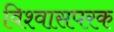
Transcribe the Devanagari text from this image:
विश्वासपरक